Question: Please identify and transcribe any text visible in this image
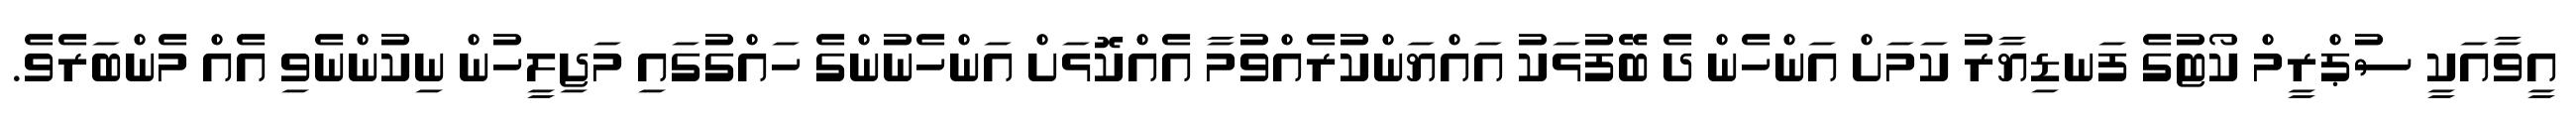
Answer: އީވާއަކީ ސުޕްރީމް ކޯޓުގެ ފަނޑިޔާރު ކަމަށް އަންހެން ދެ ބޭފުޅަކު އައްޔަންކުރެއްވުމާ އެއްކޮޅަށް އަންހެނުންގެ ހައްގުގައި މަޖިލީހުން ނިކުންނެވި އެއް މެންބަރެވެ.